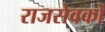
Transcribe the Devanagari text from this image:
राजसेवकों